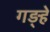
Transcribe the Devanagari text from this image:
गड़्हे